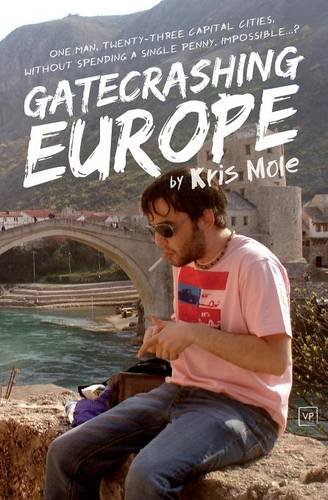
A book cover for Gatecrashing Europe; Kris Mole; Travel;